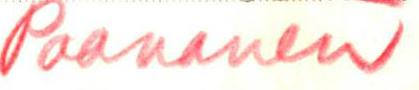
Paananen